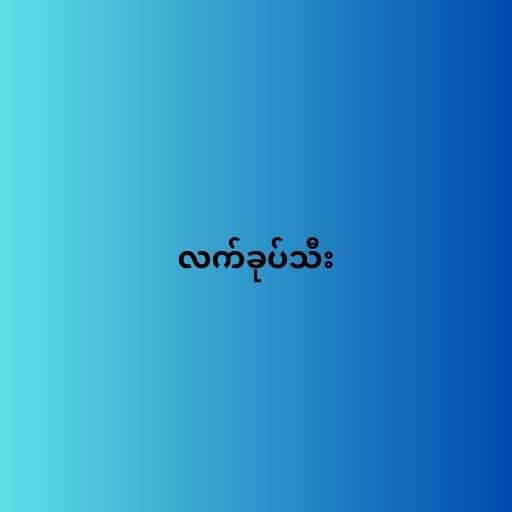
လက်ခုပ်သီး